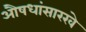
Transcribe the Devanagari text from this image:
औषधांसारखे